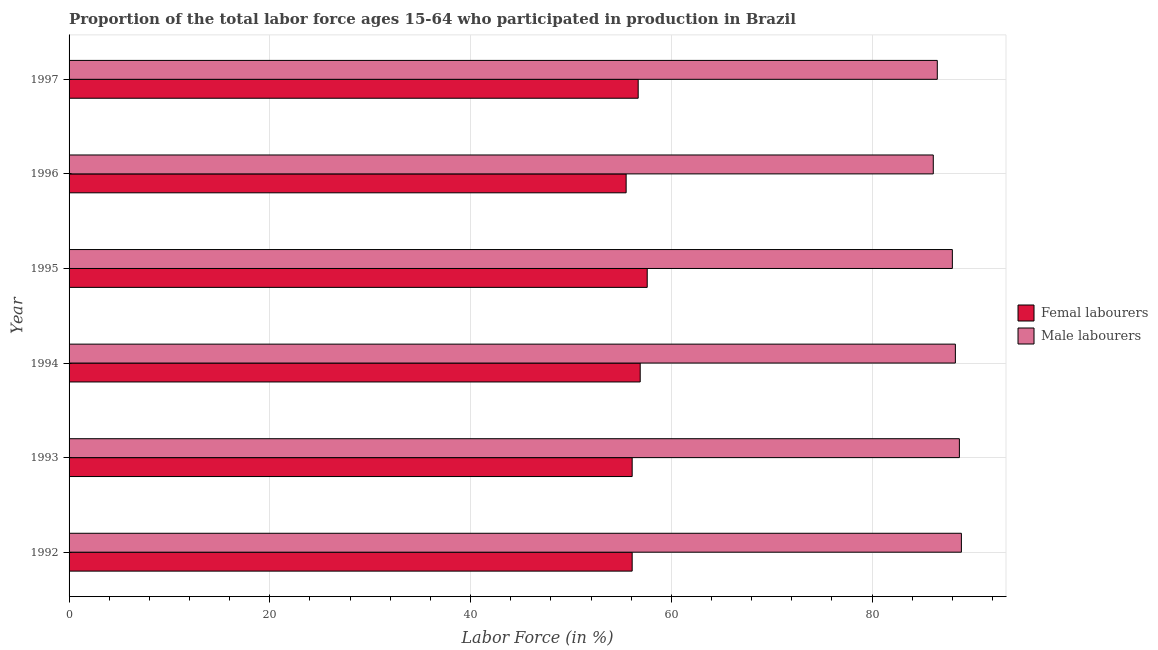
| Year | Femal labourers | Male labourers |
 | --- | --- | --- |
 | 1992 | 56.1 | 88.9 |
 | 1993 | 56.1 | 88.7 |
 | 1994 | 56.9 | 88.3 |
 | 1995 | 57.6 | 88 |
 | 1996 | 55.5 | 86.1 |
 | 1997 | 56.7 | 86.5 |